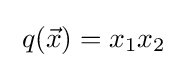
\;q({\vec {x}})=x_{1}x_{2}\;